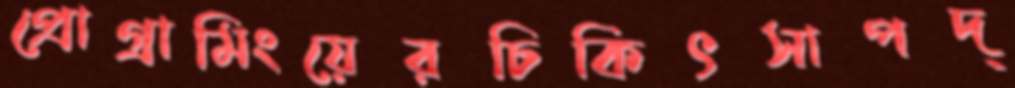
প্রোগ্রামিংয়েরচিকিৎসাপদ্